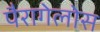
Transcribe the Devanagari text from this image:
पैरागेलोस